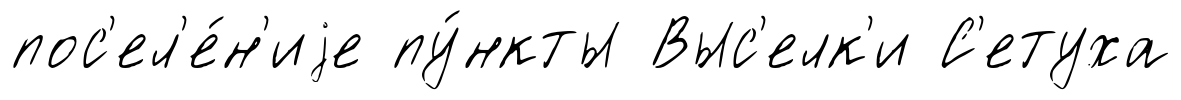
пос'ел'е́н'иjе пу́нкты Выс'елк'и С'етуха